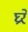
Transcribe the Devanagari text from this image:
घ्ररे